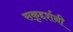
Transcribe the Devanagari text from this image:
सकृद्दर्शनी